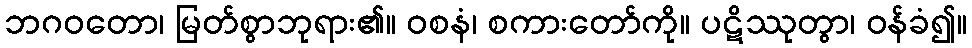
ဘဂဝတော၊ မြတ်စွာဘုရား၏။ ဝစနံ၊ စကားတော်ကို။ ပဋိဿုတွာ၊ ဝန်ခံ၍။